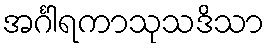
အင်္ဂါရကာသုသဒိသာ